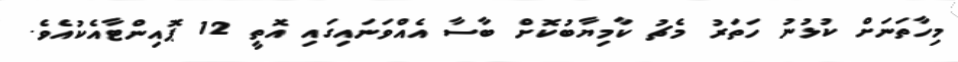
މިހާތަނަށް ކުޅުނު ހަތަރު މެޗު ކާމިޔާބުކޮށް ބާސާ އެއްވަނައިގައި އޮތީ 12 ޕޮއިންޓާއެކުއެވެ.